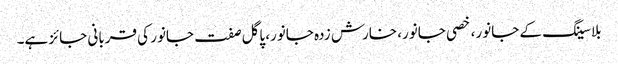
بلا سینگ کے جانور، خصی جانور، خارش زدہ جانور، پاگل صفت جانور کی قربانی جائز ہے۔